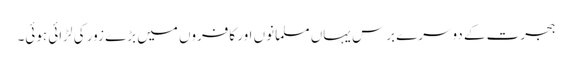
ہجرت کے دوسرے برس یہاں مسلمانوں اور کافروں میں بڑے زور کی لڑائی ہوئی۔